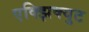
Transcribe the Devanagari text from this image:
एक्झिक्युट